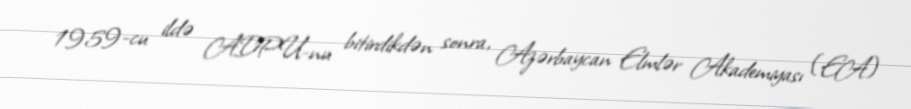
1959-cu ildə ADPU-nu bitirdikdən sonra, Azərbaycan Elmlər Akademiyası (EA)